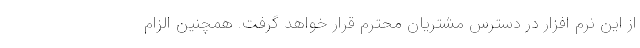
از این نرم افزار در دسترس مشتریان محترم قرار خواهد گرفت. همچنین الزام